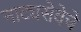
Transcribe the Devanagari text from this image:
नाट्यसेवेचे